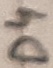
Text: D4